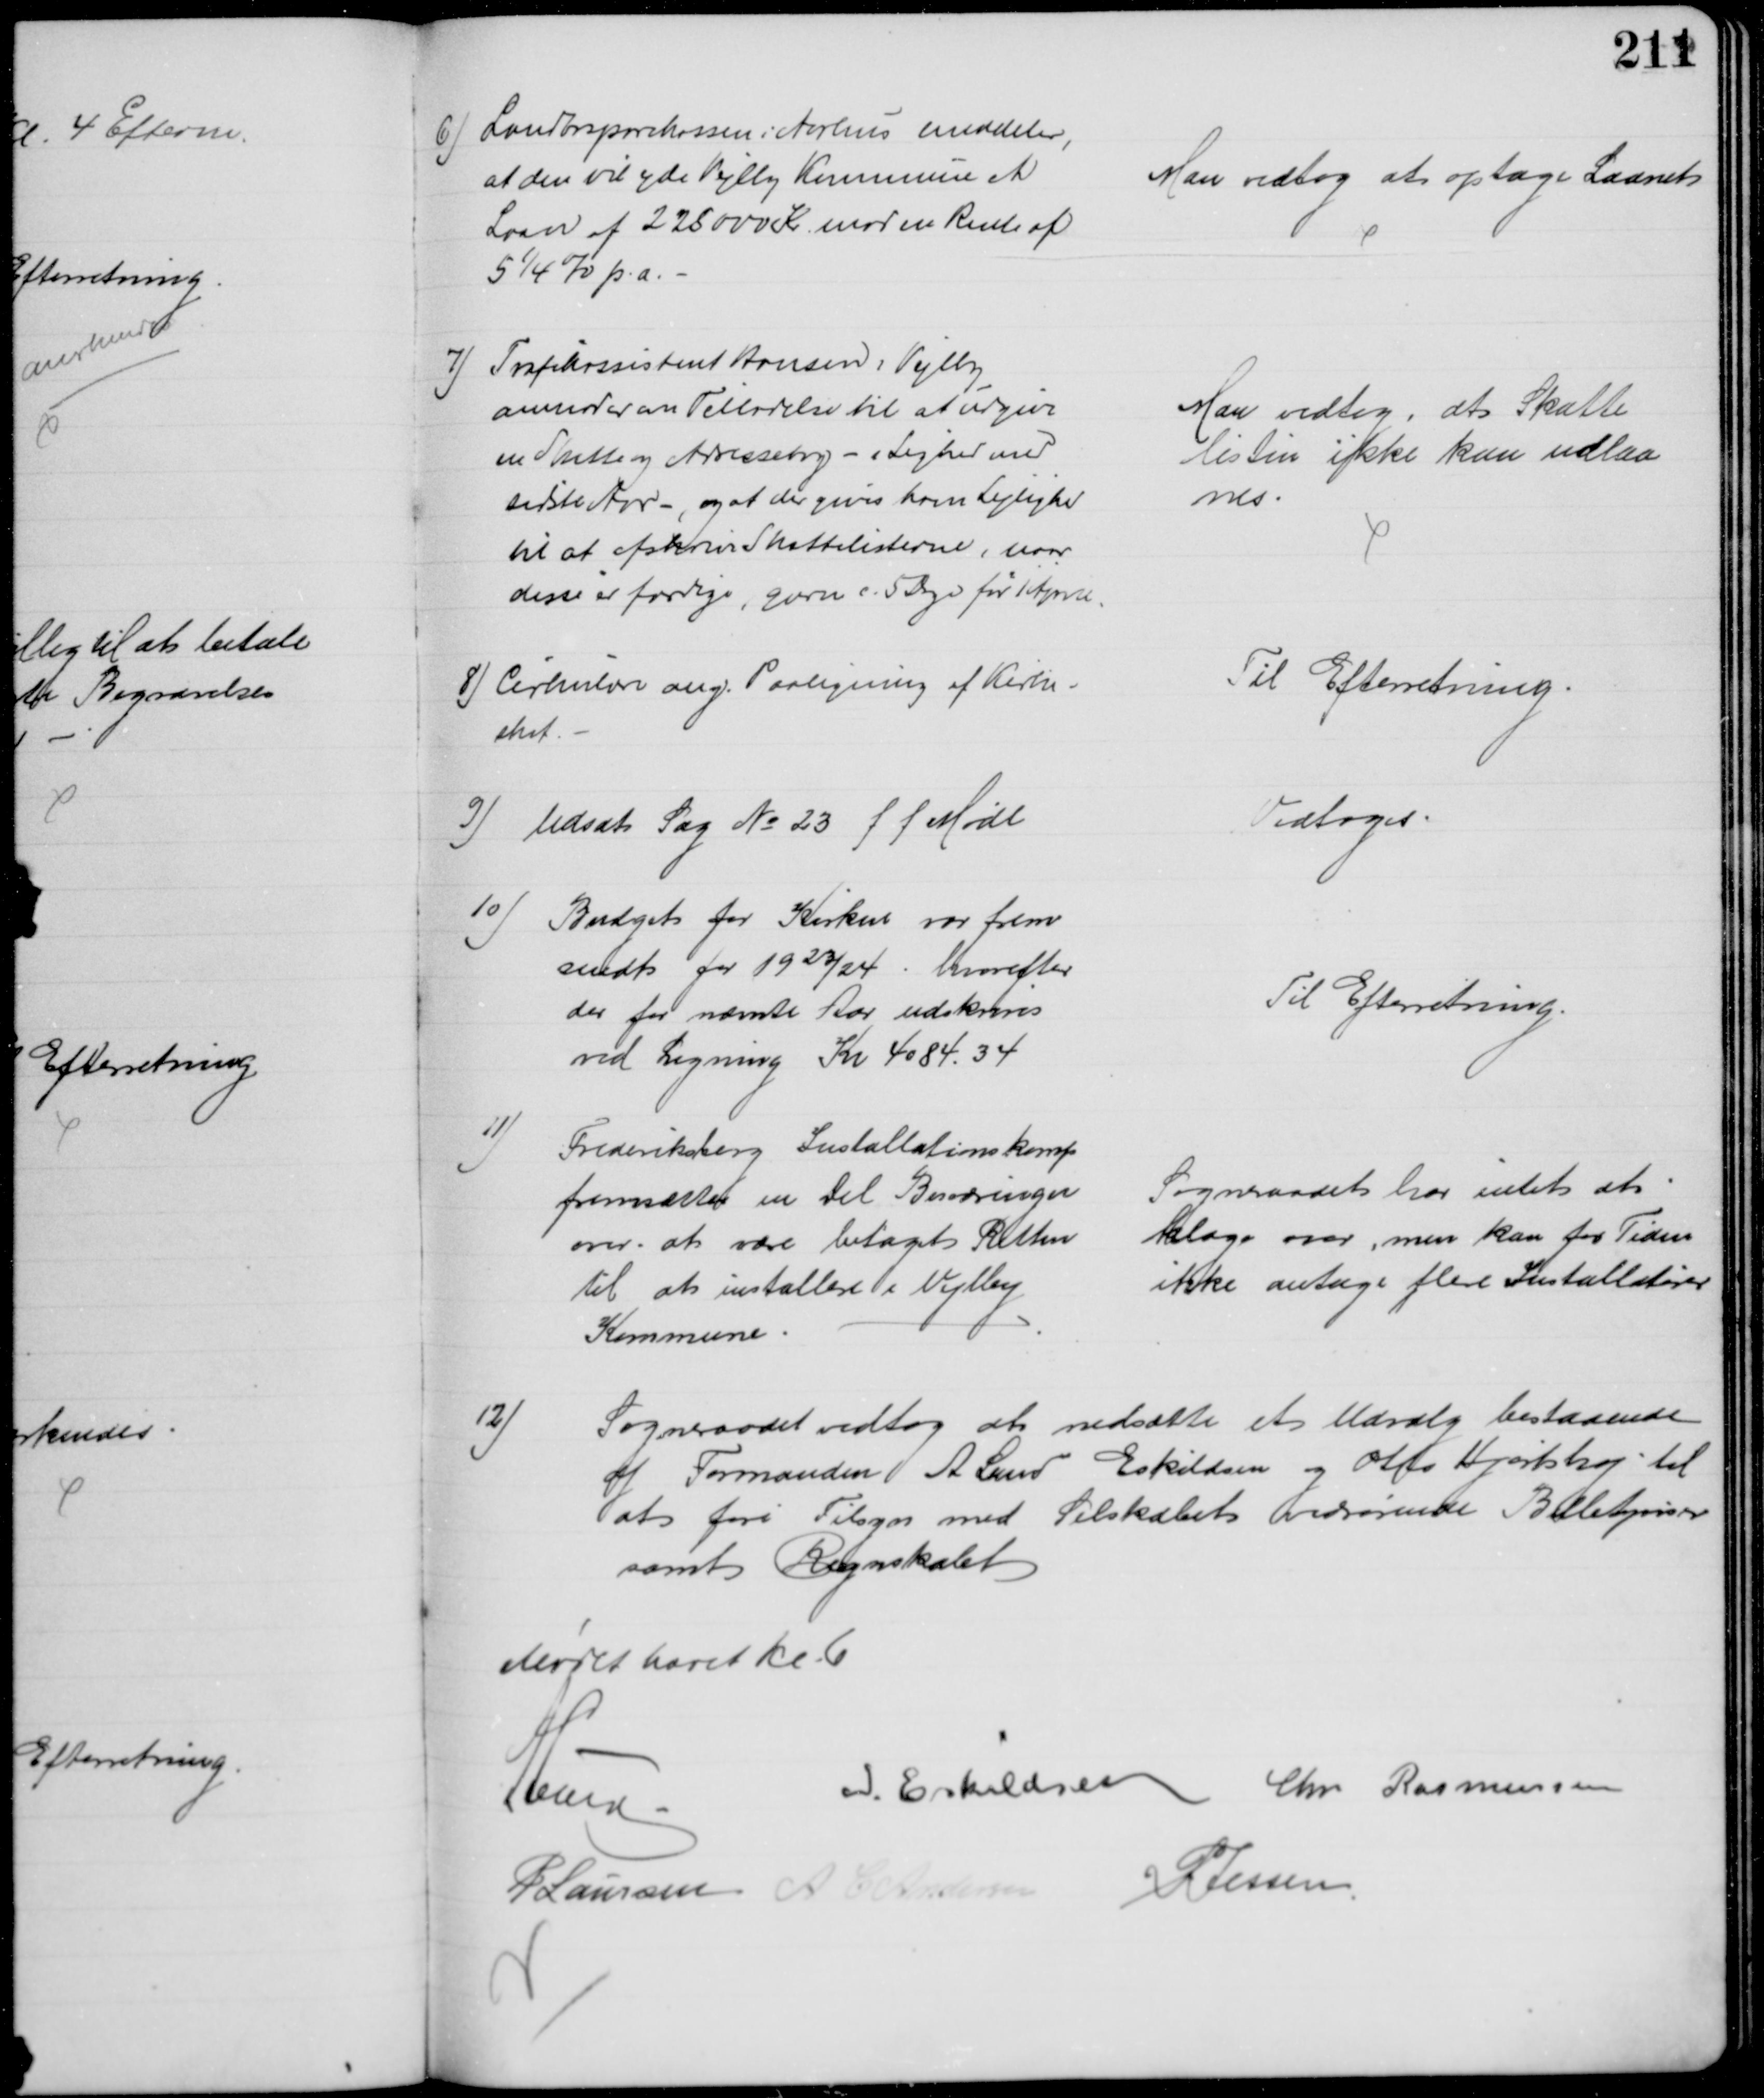
Transskription:
6) Landbosparekassen i Aarhus meddeler,
at den vil yde Vejlby Kommune et 
Laan af 225000 Kr mod en Rente af
5¼ % p.a.
Man vedtog at optage Laanet
7) Trafikassistent Hansen i Vejlby
anmoder om Tilladelse til at udgive
en Skatte og Adressebog - i Lighed med
sidste Aar -, og at der gives ham Lejlighed
til at afskrive Skattelisterne, naar
disse er færdige, gerne c. 5 Dage før 1 April.
Man vedtog, at Skatte
listen ikke kan udlaa
nes
8) Cirkulære ang. Paaligning af Kirke-.
skat.
Til Efterretning
9) Udsat Sag № 23 f. f. Møde
Vedtoges
10) Budget for Kirken var frem
sendt for 1923/24, hvorefter
der for nævnte Aar udskrives
ved Ligning Kr 4084.34
Til Efterretning.
11)
Frederiksberg Installationskomp
fremsætter en Del Besværinger
over at være betaget Retten
til at installere i Vejlby
Kommune
Sogneraadet har intet at
klage over, men kan for Tiden
ikke antage flere Installatører
12)
Sogneraadet vedtog at nedsætte et Udvalg bestaaende
af Formanden A. Lund Eskildsen og Otto Hjortshøj til
at føre Tilsyn med Selskabet vedrørende Billetpriser
samt Regnskabet
Mødet hævet Kl 6
A Lund
I. Eskildsen Chr Rasmussen
P Laursen A C Andersen
P Jessen